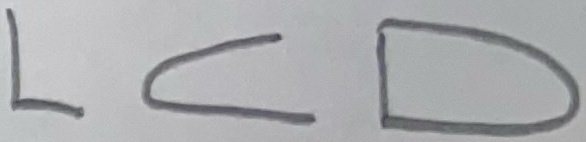
Text: LCD